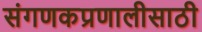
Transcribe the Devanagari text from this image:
संगणकप्रणालीसाठी